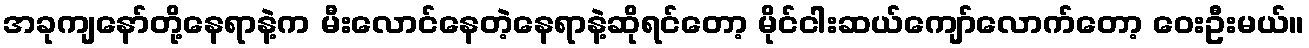
အခုကျနော်တို့နေရာနဲ့က မီးလောင်နေတဲ့နေရာနဲ့ဆိုရင်တော့ မိုင်ငါးဆယ်ကျော်လောက်တော့ ဝေးဦးမယ်။